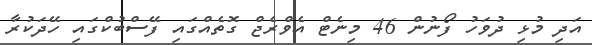
އަދި މުޅި ދުވަހު ފޯނުން 46 މިނެޓް އެވްރެޖް ގޮތެއްގައި ފޭސްބުކްގައި ހޭދަކުރާ